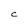
Character: C